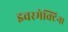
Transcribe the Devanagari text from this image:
इवरमेक्टिन।